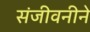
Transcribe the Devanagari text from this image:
संजीवनीने